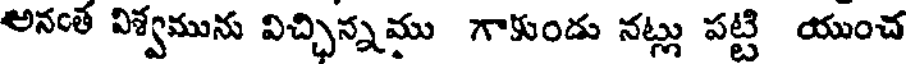
అనంత విశ్వమును విచ్చిన్నము గాకుండు నట్లు పట్టి యుంచ